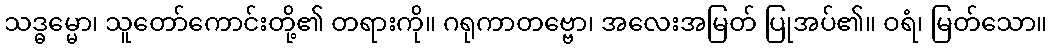
သဒ္ဓမ္မော၊ သူတော်ကောင်းတို့၏ တရားကို။ ဂရုကာတဗ္ဗော၊ အလေးအမြတ် ပြုအပ်၏။ ဝရံ၊ မြတ်သော။